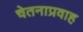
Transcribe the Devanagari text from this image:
चेतनाप्रवाह